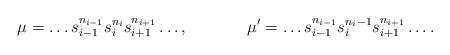
\begin{align*}&\mu=\dots s_{i-1}^{n_{i-1}} s_i^{n_i} s_{i+1}^{n_{i+1}}\dots,&&\mu'=\dots s_{i-1}^{n_{i-1}} s_i^{n_i-1} s_{i+1}^{n_{i+1}}\dots.\end{align*}